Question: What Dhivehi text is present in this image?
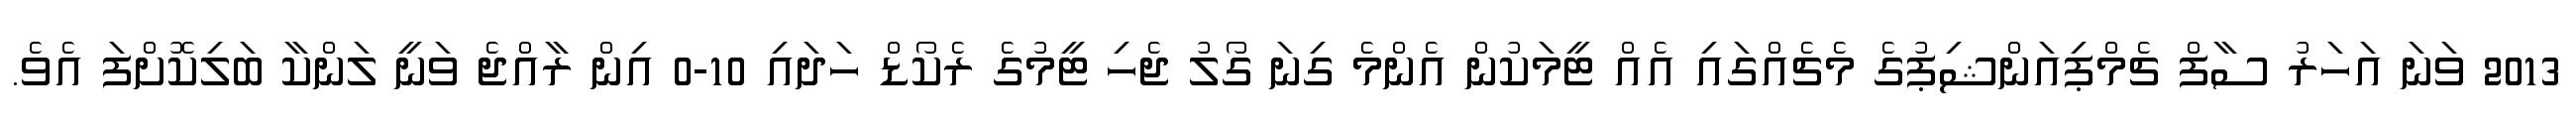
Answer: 2013 ވަނަ އަހަރު ސާފް ޗެމްޕިއަންޝިޕުގެ މެޗެއްގައި އެއް ޓީމަކުން އެންމެ ގިނަ ގޯލު ޖެހި ޓީމުގެ ރެކޯޑް ހަދައި 10-0 އިން ރާއްޖެ ވަނީ ލަންކާ ބަލިކޮށްފަ އެވެ.